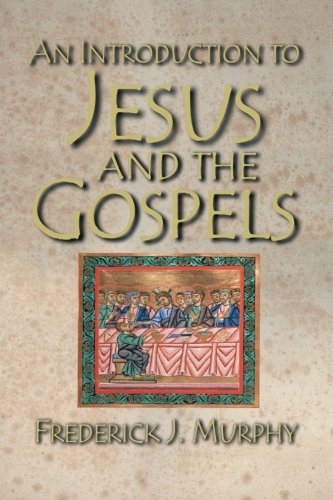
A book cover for An Introduction to Jesus and the Gospels; Frederick J. Murphy; Religion & Spirituality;